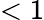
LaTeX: <1